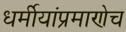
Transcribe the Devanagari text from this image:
धर्मीयांप्रमाणेच